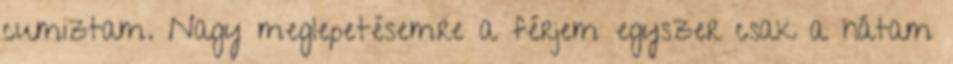
cumiztam. Nagy meglepetésemre a férjem egyszer csak a hátam